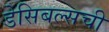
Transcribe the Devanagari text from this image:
डेसिबल्सची